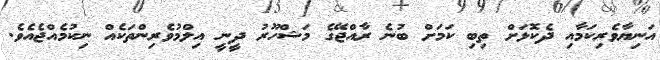
އަނިޔާވެރިކަމާއި ދެކޮޅަށް ތިބި ކަމަށް ބުނެ ރާއްޖޭގެ މަޝްހޫރު ދީނީ އިލްމުވެރިންތަކެއް ނިކުމެއްޖެއެވެ.